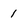
Character: i